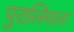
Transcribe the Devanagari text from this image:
पुरालिमाला